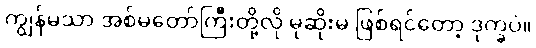
ကျွန်မသာ အစ်မတော်ကြီးတို့လို မုဆိုးမ ဖြစ်ရင်တော့ ဒုက္ခပဲ။